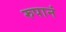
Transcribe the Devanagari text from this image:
रुपानं